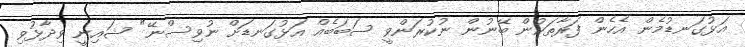
އަޅުގަނޑުމެން އެހެން ފަރާތަކުން ބޭނުން ނުކުރަންވީ ސަބަބެއް އަޅުގަނޑަށް ނުވިސްނޭ" ޝައިނީ ވިދާޅުވި